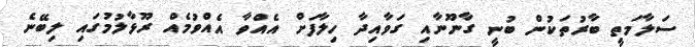
ސަލާމަތީ ބާރުތަކުން ބުނީ ގާނޫނާއި ގަވާއިދާ ހިލާފަށް އެއްވާ އެއްވުމެއް ރޫޅާލުމުގައި ލިބޭނެ